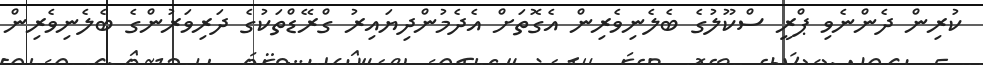
ކުރިން ދެންނެވި ޕްރީ ސްކޫލުގެ ބެލެނިވެރިން އެގޮތަށް އެދެމުންދިޔައިރު ގްރޭޑްތަކުގެ ދަރިވަރުންގެ ބެލެނިވެރިން